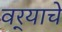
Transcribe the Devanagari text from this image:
वर्‍याचे